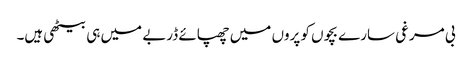
بی مرغی سارے بچوں کو پروں میں چھپائے ڈربے میں ہی بیٹھی ہیں۔